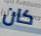
كان